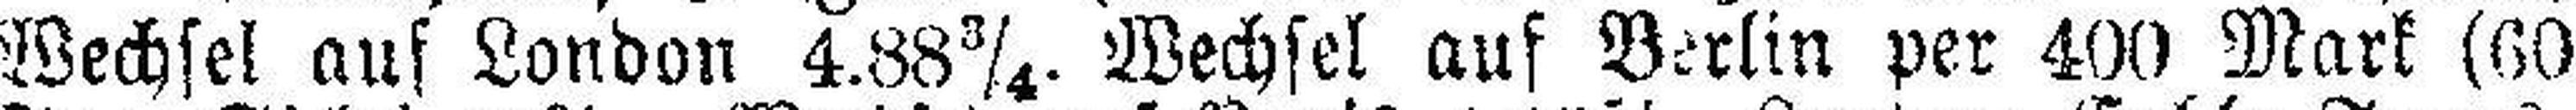
Wechsel auf London 4.88¾. Wechsel auf Berlin per 400 Mark (60